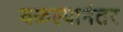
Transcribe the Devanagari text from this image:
वळल्यानंतर